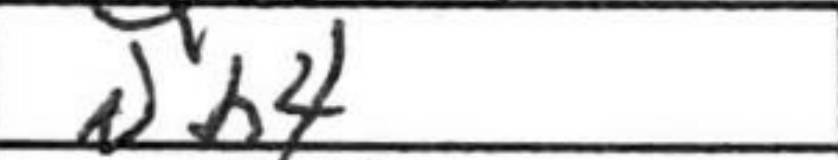
Transcription: Nb4